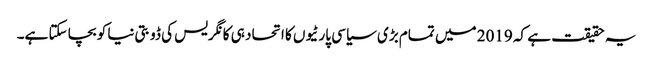
یہ حقیقت ہے کہ 2019 میں تمام بڑی سیاسی پارٹیوں کا اتحاد ہی کانگریس کی ڈوبتی نیا کو بچا سکتا ہے۔